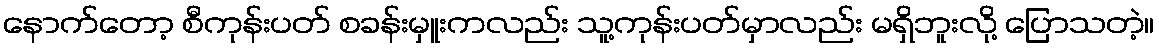
နောက်တော့ စီကုန်းပတ် စခန်းမှူးကလည်း သူ့ကုန်းပတ်မှာလည်း မရှိဘူးလို့ ပြောသတဲ့။